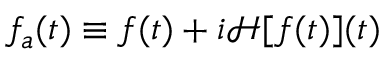
f _ { a } ( t ) \equiv f ( t ) + i \mathcal { H } [ f ( t ) ] ( t )